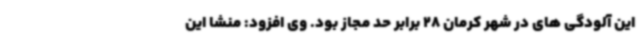
این آلودگی های در شهر کرمان 28 برابر حد مجاز بود. وی افزود: منشا این